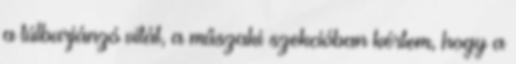
a túlburjánzó vitát, a műszaki szekcióban kértem, hogy a